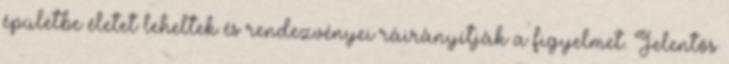
épületbe életet leheltek és rendezvényei ráirányítják a figyelmet. Jelentős